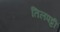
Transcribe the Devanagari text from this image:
तिलपट्टी